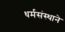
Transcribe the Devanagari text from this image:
धर्मसंस्थाने